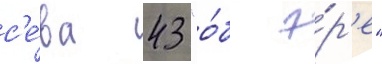
с'е́ва 43 "о́б э́р'е"